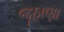
જૂઠાણા